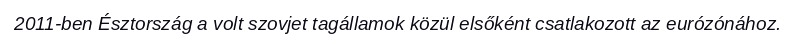
2011-ben Észtország a volt szovjet tagállamok közül elsőként csatlakozott az eurózónához.